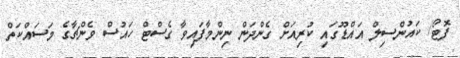
ފޮޓޯ/ ކައުންސިލް އައްޑޫގައި ކުރިއަށް ގެންދަން ނިންމާފައިވާ ގެސްޓް ހައުސް ވެންޗާގެ މަސައްކަތް